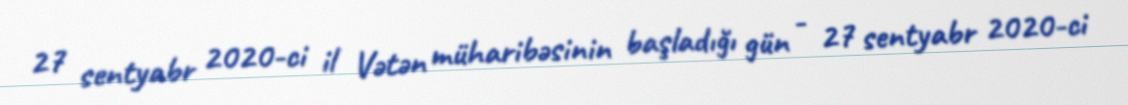
27 sentyabr 2020-ci il Vətən müharibəsinin başladığı gün - 27 sentyabr 2020-ci